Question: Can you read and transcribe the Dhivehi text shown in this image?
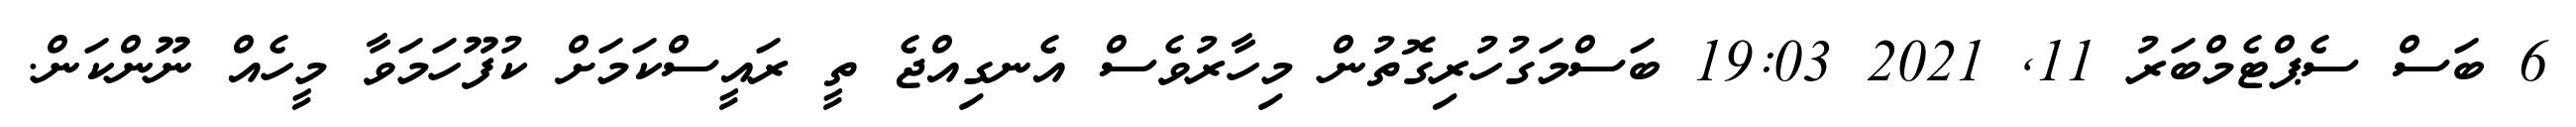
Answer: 6 ބަސް ސެޕްޓެމްބަރު 11, 2021 19:03 ބަސްމަގުހުރިގޮތުން މިހާރުވެސް އެނގިއްޖެ ތީ ރައީސްކަމަށް ކުފޫހަމަވާ މީހެއް ނޫންކަން.